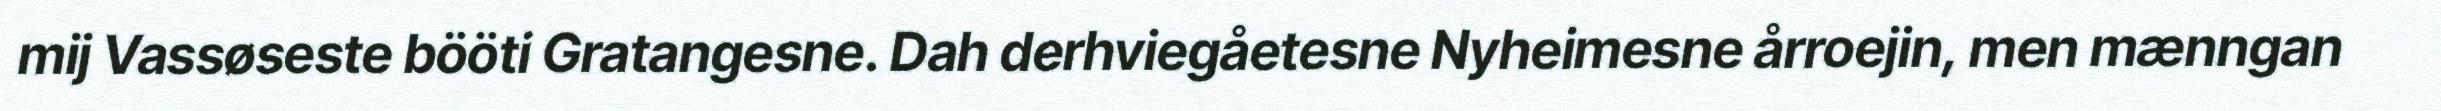
mij Vassøseste bööti Gratangesne. Dah derhviegåetesne Nyheimesne årroejin, men mænngan